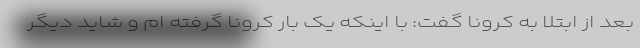
بعد از ابتلا به کرونا گفت: با اینکه یک بار کرونا گرفته ام و شاید دیگر